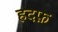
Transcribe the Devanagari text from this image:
हदफ़